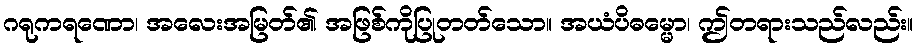
ဂရုကရဏော၊ အလေးအမြတ်၏ အဖြစ်ကိုပြုတတ်သော။ အယံပိဓမ္မော၊ ဤတရားသည်လည်း။